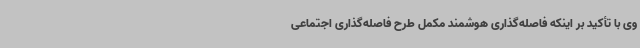
وی با تأکید بر اینکه فاصله‌گذاری هوشمند مکمل طرح فاصله‌گذاری اجتماعی